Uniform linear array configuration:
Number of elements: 16
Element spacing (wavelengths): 0.25
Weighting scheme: hann
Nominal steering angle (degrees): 30
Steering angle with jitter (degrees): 30.92
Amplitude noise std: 0.05
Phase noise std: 0.05

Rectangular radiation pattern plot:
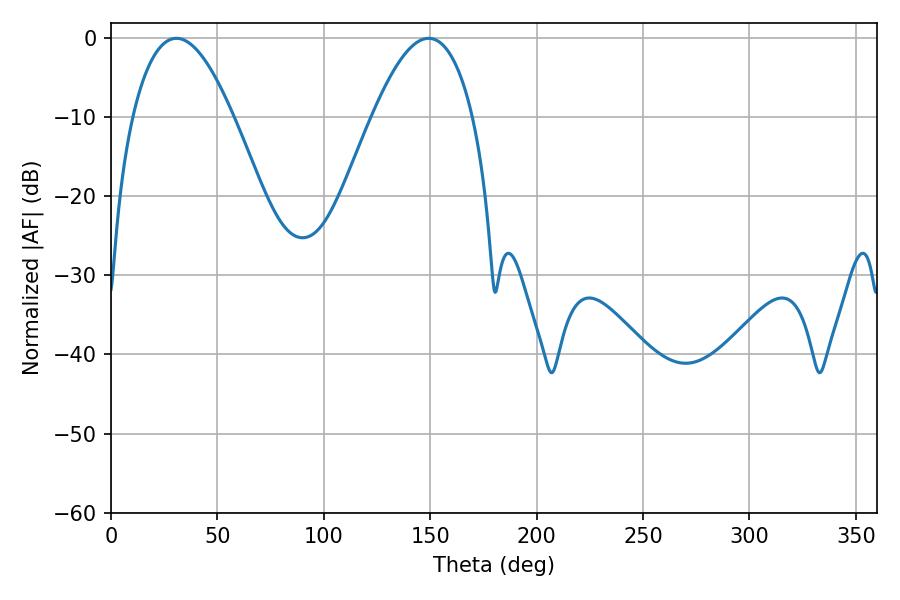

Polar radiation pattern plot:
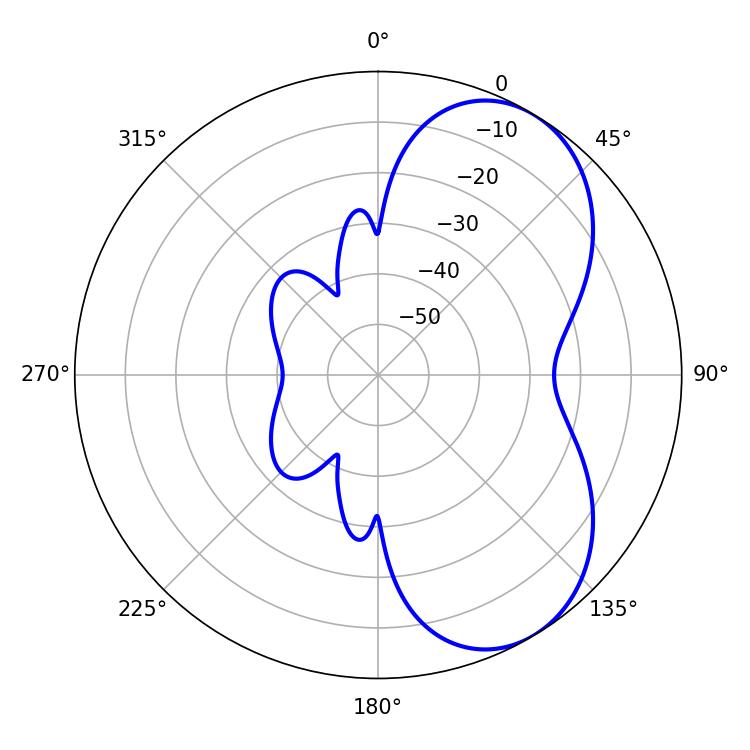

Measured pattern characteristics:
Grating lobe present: FALSE
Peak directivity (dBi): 5.857
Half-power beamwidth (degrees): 25.92
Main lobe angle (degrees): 30.78